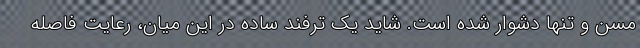
مسن و تنها دشوار شده است. شاید یک ترفند ساده در این میان، رعایت فاصله